Report on sanitation, dispensaries, and jails in Rajputana for 1921, and on vaccination for the year 1921-1922 - 1921-1922
Year: 1921
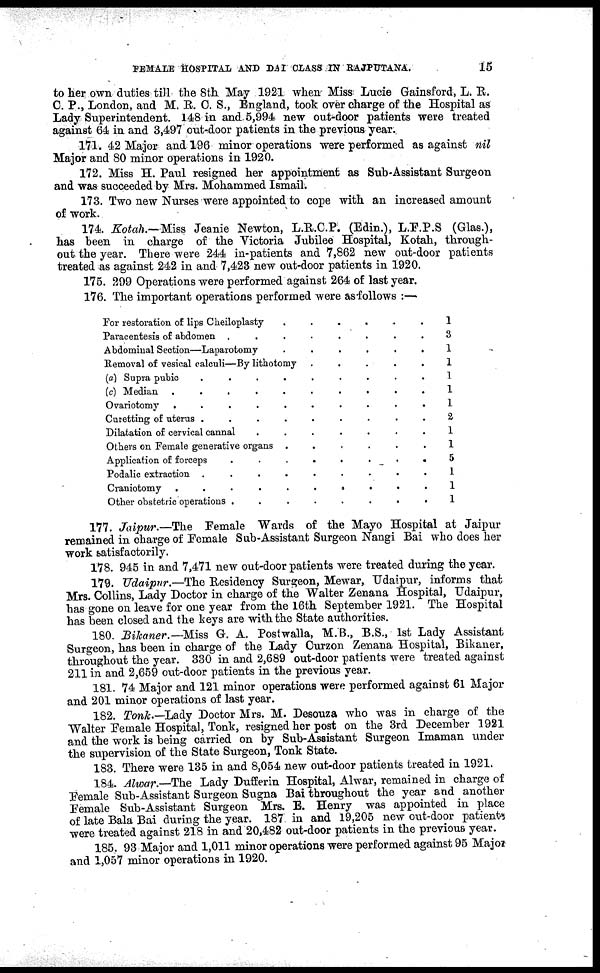
FEMALE HOSPITAL AND DAI CLASS IN RAJPUTANA.
15
to her own duties till the 8th May 1921 when Miss Lucie Gainsford, L. R.
C. P., London, and M. R. C. S., England, took over charge of the Hospital as
Lady Superintendent. 148 in and 5,994 new out-door patients were treated
against 64 in and 3,497 out-door patients in the previous year,
171. 42 Major and 196 minor operations were performed as against nil
Major and 80 minor operations in 1920.
172. Miss H. Paul resigned her appointment as Sub-Assistant Surgeon
and was succeeded by Mrs. Mohammed Ismail.
173. Two new Nurses were appointed to cope with an increased amount
of work.
174. Kotah.—Miss Jeanie Newton, L.R.C.P. (Edin.), L.F.P.S (Glas.),
has been in charge of the Victoria Jubilee Hospital, Kotah, through-
out the year. There were 244 in-patients and 7,862 new out-door patients
treated as against 242 in and 7,423 new out-door patients in 1920.
175. 299 Operations were performed against 264 of last year.
176. The important operations performed were as follows :—
For restoration of lips Cheiloplasty......
Paracentesis of abdomen........
Abdominal Section—Laparotomy......
Removal of vesical calculi—By lithotomy.....
(a) Supra pubic.........
(c) Median.........
Ovariotomy..........
Curetting of uterus.........
Dilatation of cervical
cannal.......
Others on Female generative organs......
Application of
forceps........
Podalic extraction.........
Craniotomy..........
Other obstetric operations........
1
3
1
1
1
1
1
2
1
1
5
1
1
1
177. Jaipur.—The
Female Wards of the Mayo Hospital at Jaipur
remained in charge of Female Sub-Assistant Surgeon Nangi Bai who does her
work satisfactorily.
178. 945 in and 7,471 new out-door patients were treated during the year.
179. Udaipur.—The Residency Surgeon, Mewar, Udaipur, informs that
Mrs. Collins, Lady Doctor in charge of the Walter Zenana Hospital, Udaipur,
has gone on leave for one year from the 16th September 1921. The Hospital
has been closed and the keys are with the State authorities.
180. Bikaner.—Miss G. A. Postwalla, M.B., B.S., 1st Lady Assistant
Surgeon, has been in charge of the Lady Curzon Zenana Hospital, Bikaner,
throughout the year. 330 in and 2,689 out-door patients were treated against
211 in and 2,659 out-door patients in the previous year.
181. 74 Major and 121 minor operations were performed against 61 Major
and 201 minor operations of last year.
182. Tonk.—Lady Doctor Mrs. M. Desouza who was in charge of the
Walter Female Hospital, Tonk, resigned her post on the 3rd December 1921
and the work is being carried on by Sub-Assistant Surgeon Imaman under
the supervision of the State Surgeon, Tonk State.
183. There were 135 in and 8,054 new out-door patients treated in 1921.
184. Alwar.—The Lady Dufferin Hospital, Alwar, remained in charge of
Female Sub-Assistant Surgeon Sugna Bai throughout the year and another
Female Sub-Assistant Surgeon Mrs. E. Henry was appointed in place
of late Bala Bai during the year. 187 in and 19,205 new out-door patients
were treated against 218 in and 20,482 out-door patients in the previous year.
185. 93 Major and 1,011 minor operations were performed against 95 Major
and 1,057 minor operations in 1920.